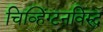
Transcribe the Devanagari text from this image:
चिव्हिंग्टनविरुद्ध